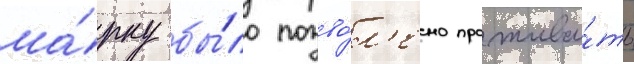
ма́рку бы́ло позво́л'ено прожива́ть